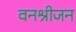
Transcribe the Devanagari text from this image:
वनश्रीजन